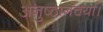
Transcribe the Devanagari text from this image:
अनुष्ठानचर्या।